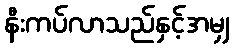
နီးကပ်လာသည်နှင့်အမျှ